Report on plague and inoculation in the Punjab from October 1st ... to September 30th..., being the ... season of plague in the province
Disease focus: Plague
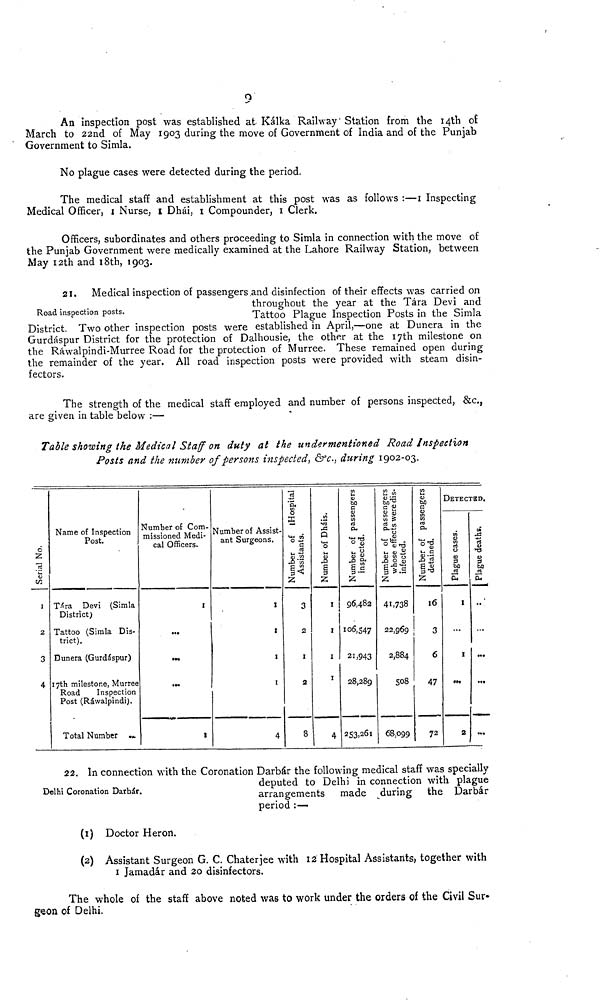
9
An inspection post was established at Kálka Railway' Station from the 14th of
March to 22nd of May 1903 during the move of Government of India and of the Punjab
Government to Simla.
No plague cases were detected during the period.
The medical staff and establishment at this post was as follows :—1 Inspecting
Medical Officer, 1 Nurse, 1 Dhái, 1 Compounder, 1 Clerk.
Officers, subordinates and others proceeding to Simla in connection with the move of
the Punjab Government were medically examined at the Lahore Railway Station, between
May 12th and 18th, 1903.
Road inspection posts.
21.
Medical inspection of passengers and disinfection of their effects was carried on
throughout the year at the Tàra Devi and
Tattoo Plague Inspection Posts in the Simla
District. Two other inspection posts were established in April,—one at Dunera in the
Gurdáspur District for the protection of Dalhousie, the other at the 17th milestone on
the Ráwalpindi-Murree Road for the protection of Murree. These remained open during
the remainder of the year. All road inspection posts were provided with steam disin-
fectors.
The strength of the medical staff employed and number of persons inspected, &c.,
are given in table below :—
Table showing the Medical Staff on duty at the undermentioned
Road
Inspection
Posts and the number of persons inspected, &c., during 1902-03.
Serial No.
1.
2
3
4
Name of Inspection
Post.
Tára Devi (Simla
District)
Tattoo (Simla Dis-
trict).
Dunera (Gurdáspur)
17th milestone, Murree
Road
Inspection
Post (Ráwalpindi).
Total Number ...
Number of Com-
missioned Medi-
cal Officers.
...
...
...
...
1
Number of Assist-
ant Surgeons.
1
1
1
1
4
Number of Hospital Assistants.
3
2
1
2
8
Number of Dhàis.
1
1
1
1
4
Number of passengers inspected.
96,482
106,547
21,943
28,289
253,261
Number of passengers
whose effects were dis-
infected.
41,738
22,969
2,884
508
68,099
Number of passengers detained.
16
3
6
47
72
DETECTED.
Plague cases.
1
...
1
...
2
Plague deaths.
...
...
...
...
...
Delhi Coronation Darbár.
22. In connection with the Coronation Darbár the following medical staff was specially
deputed to Delhi in connection with plague
arrangements
made
during
the Darbár
period :—
(1) Doctor Heron.
(2) Assistant Surgeon G. C. Chaterjee with 12 Hospital Assistants, together with
1 Jamadár and 20 disinfectors.
The whole of the staff above noted was to work under the orders of the Civil Sur-
geon of Delhi.